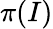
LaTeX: \pi(I)